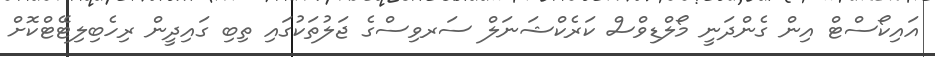
އައިކޯސްޓް އިން ގެންދަނީ މޯލްޑިވްސް ކަރެކްޝަނަލް ސަރވިސްގެ ޖަލުތަކުގައި ތިބި ގައިދީން ރިހެބިލިޓޭޓްކޮށް